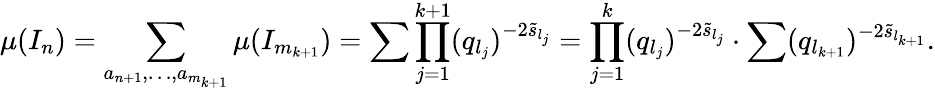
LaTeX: \mu(I_{n})=\sum_{a_{n+1},\ldots,a_{m_{k+1}}}\mu(I_{m_{k+1}})=\sum\prod_{j=1}^{k+1}(q_{l_{j}})^{-2\widetilde{s}_{l_{j}}}=\prod_{j=1}^{k}(q_{l_{j}})^{-2\widetilde{s}_{l_{j}}}\cdot\sum(q_{l_{k+1}})^{-2\widetilde{s}_{l_{k+1}}}.